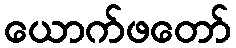
ယောက်ဖတော်